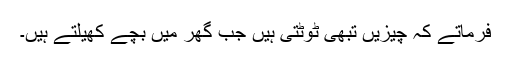
فرماتے کہ چیزیں تبھی ٹوٹتی ہیں جب گھر میں بچے کھیلتے ہیں۔